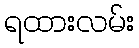
ရထားလမ်း